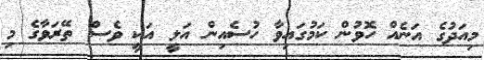
މިއަދުގެ އަނެއް ހޮވުން ކަމުގައިވާ ހުސެއިން އަލީ އަކީ ވެސް ތޭރަވާގެ މި